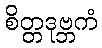
စိတ္တဒုဗ္ဘကံ